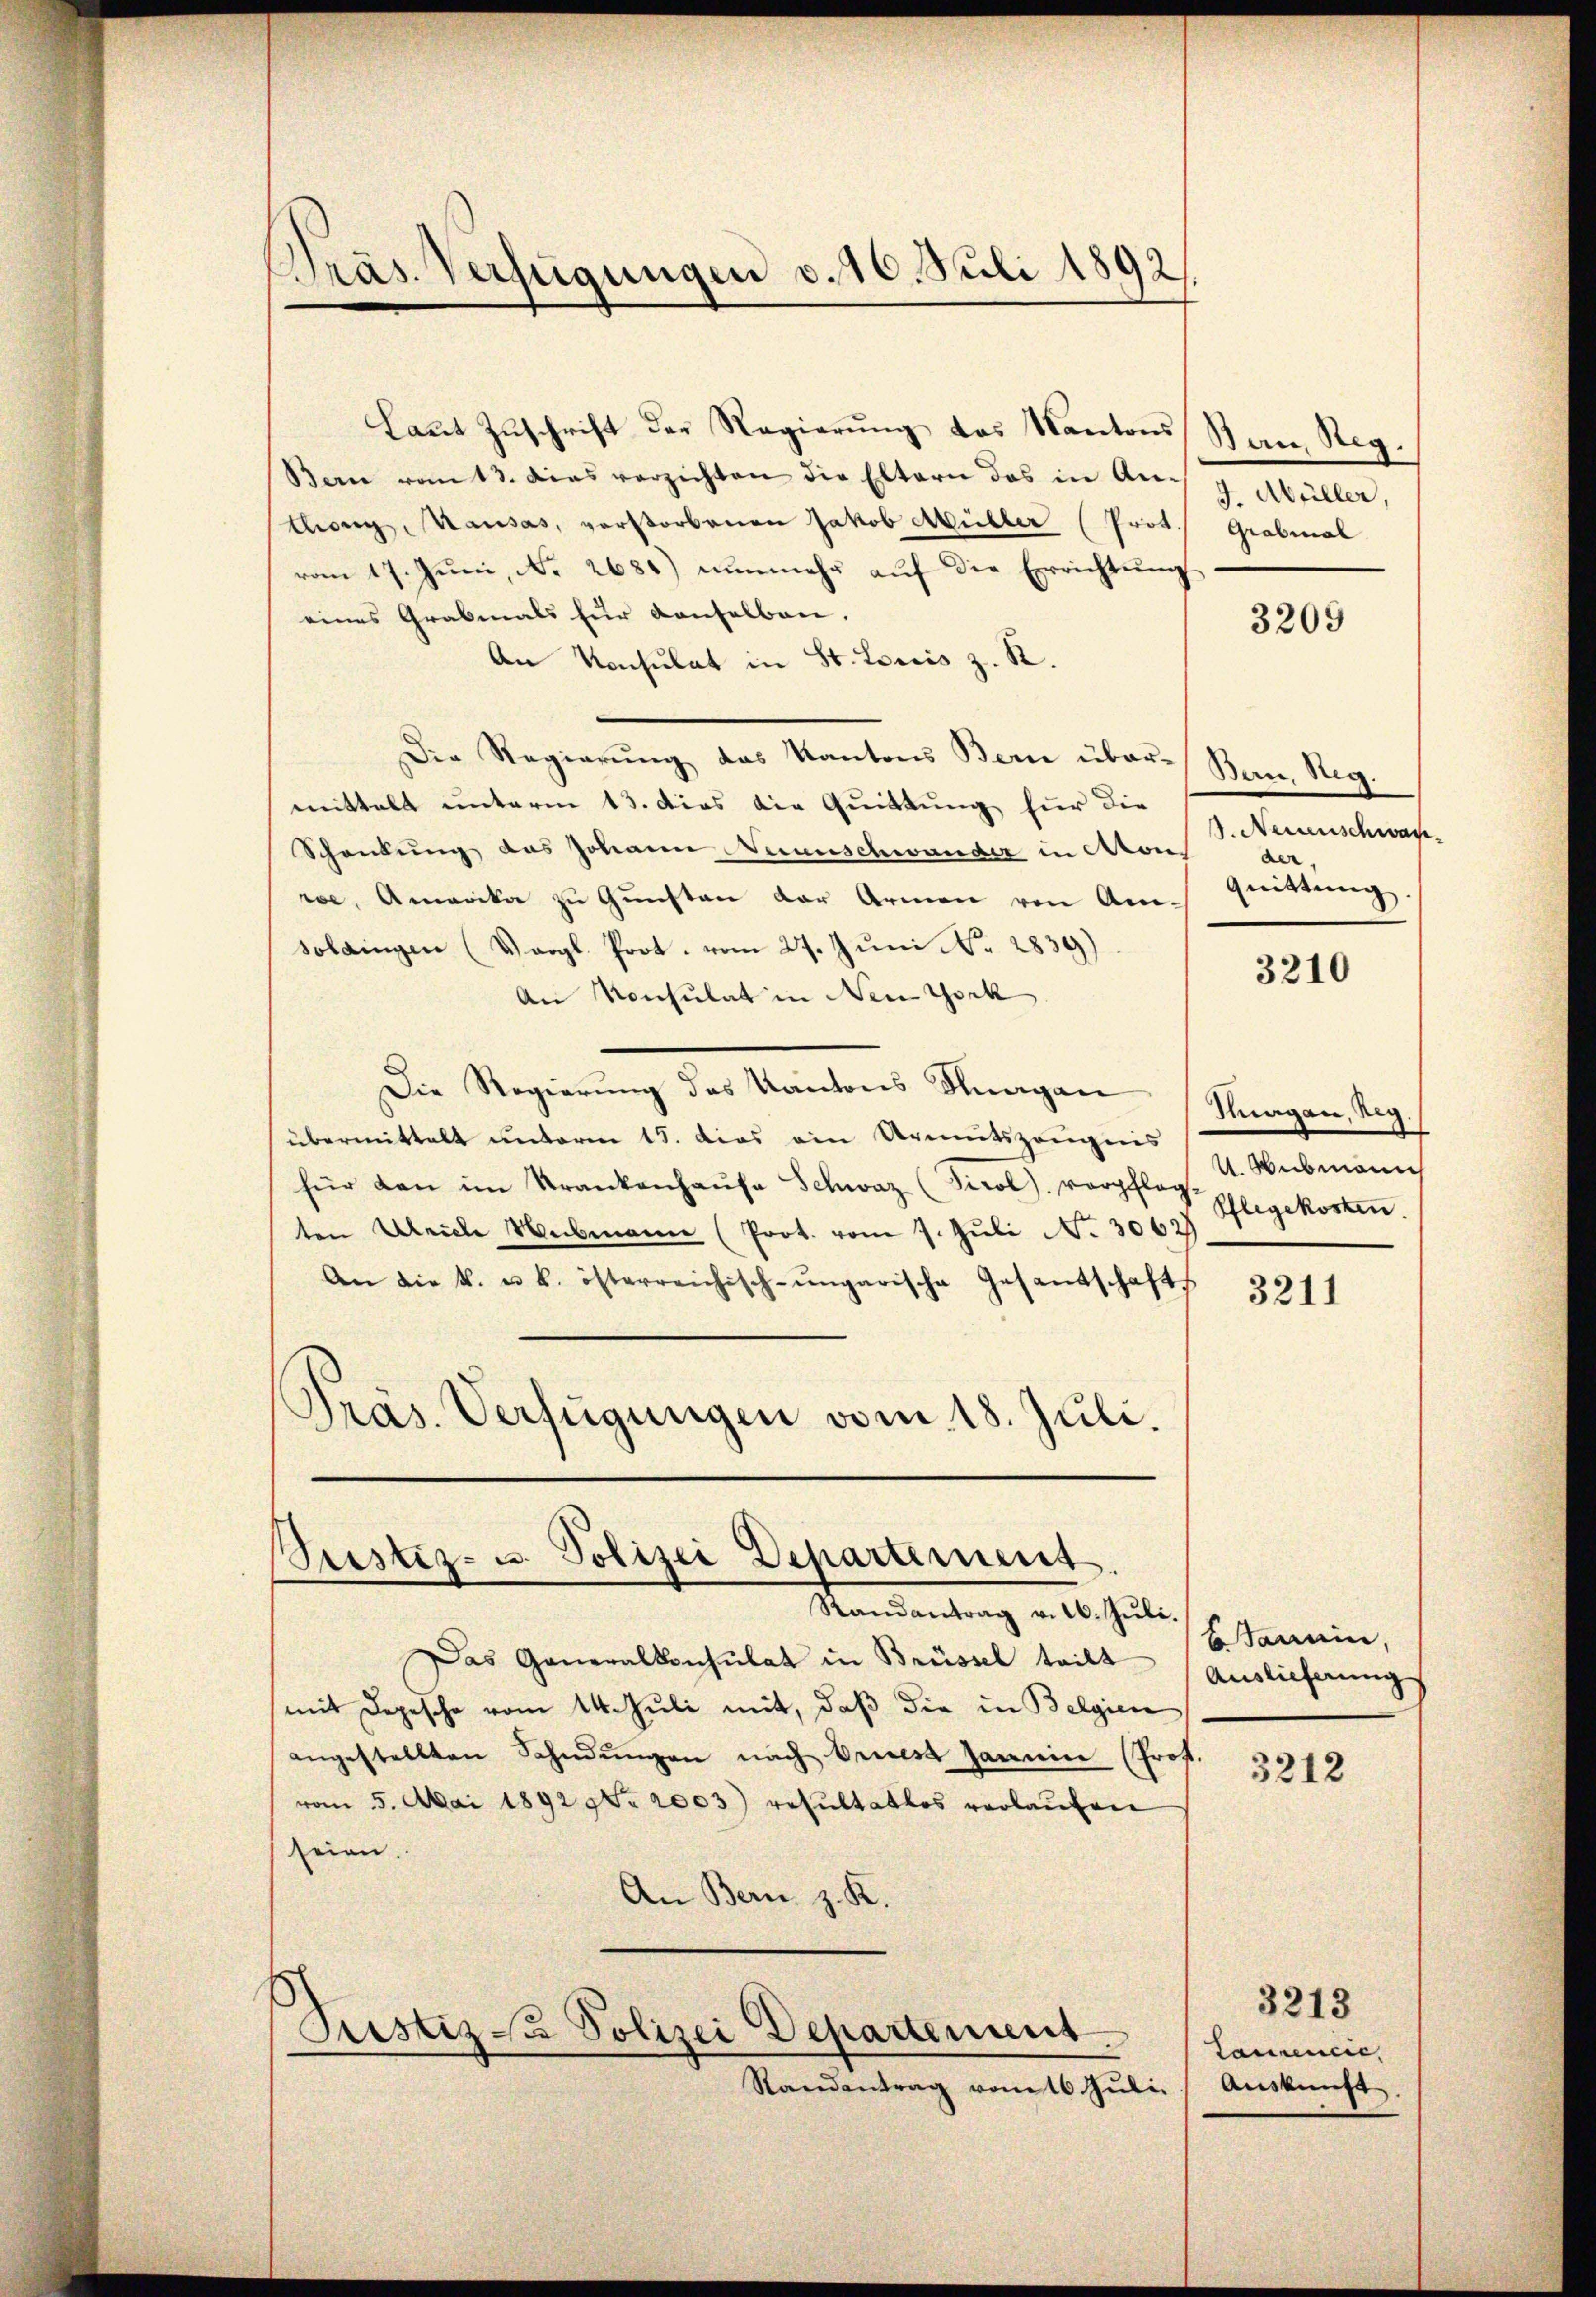
Präs. Verfügungen v. 16. Juli 1892

Laŭt Zŭschrift der Regierŭng des Kantons San. Reg.
Bern vom 13. dies verzichten die Eltern das in Ausg. Müller,
thang, Kausas, verstorbenen Jakob Müller (Prot. Grabmal
vom 17. Juni, No. 2681) nunmehr auf die Errichtung
eines Grabmals für denselben.
An Konsulat in St. Louis z. R.
Die Regierŭng das Kantons Bern über-
mittelt unterm 13. dies die Quittung für die
Schankŭng des Johann Veranschwander in Aton
rse, Amerika zu Gunsten der Armen von Am-
solangen (Vergl. Prot. vom 27. Juni No 2839)
An Konsulat in New York
Die Regierung des Kantons Kurgan
übermittelt unterm 15. Das ein Armutszeugnis
für den im Krankenhaŭse Schweiz (Tirol. verpflegt. I. Webmann
ten Ulriche Webmann (Prot. vom 7. Juli N. 3062
An die k. u. k. österreichisch-ungarische Gesantschafts
Präs. Verfügungen vom 18. Juli.

Justiz- u. Polizei Departement.

Justiz & Polizei Departement
Randantrag vom 16. Juli.

Randantrag v. 26. Jŭli.
Das Generalkonsulat in Brüssel teilt
mit Depesche vom 14. Juli mit, daß die in Belgien
angestellten Sahndŭngen nach Arnes Janein (Prof.
vom 5. Mai 1892 97. 2003) resultatlos verlaufen
seien.
An Bern z. K.

3209

Bern, Reg.
. Neuanschwach
der,
Quittung.

3210

Kagan, Reg.
Pflegekosten.

3211

Btanein,
Auslieferung

3212

3213

Tamencie
Auskunft.